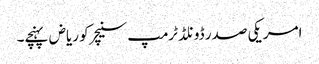
امریکی صدر ڈونلڈ ٹرمپ سنیچر کو ریاض پہنچے۔